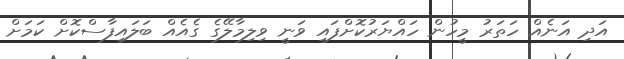
އަދި އަނެއް ހަތަރު މީހުން ހައްޔަރުކޮށްފައި ވަނީ ވިލިމާލޭގެ ގެއެއް ބަލައިފާސްކޮށް ކަމަށް